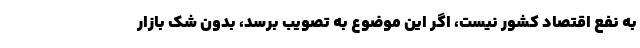
به نفع اقتصاد کشور نیست، اگر این موضوع به تصویب برسد، بدون شک بازار